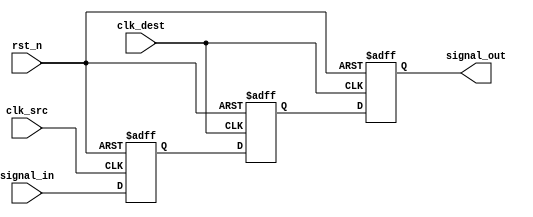
module SignalLevelCrossingSynchronizer #(
    parameter NUM_STAGES = 2  // Number of synchronization stages (2 or 3)
)(
    input wire clk_src,        // Source clock
    input wire clk_dest,       // Destination clock
    input wire rst_n,          // Asynchronous reset (active low)
    input wire signal_in,      // Input signal from the source clock domain
    output reg signal_out       // Synchronized output signal in the destination clock domain
);

    // Intermediate registers for synchronization stages
    reg [NUM_STAGES-1:0] sync_reg;

    // Input Flip-Flop: Capture signal_in on the rising edge of clk_src
    always @(posedge clk_src or negedge rst_n) begin
        if (!rst_n) begin
            sync_reg[0] <= 1'b0; // Reset the first stage
        end else begin
            sync_reg[0] <= signal_in; // Capture the input signal
        end
    end

    // Intermediate Flip-Flops: Synchronize to clk_dest
    generate
        genvar i;
        for (i = 1; i < NUM_STAGES; i = i + 1) begin : sync_stage
            always @(posedge clk_dest or negedge rst_n) begin
                if (!rst_n) begin
                    sync_reg[i] <= 1'b0; // Reset the intermediate stages
                end else begin
                    sync_reg[i] <= sync_reg[i-1]; // Pass the signal to the next stage
                end
            end
        end
    endgenerate

    // Output Flip-Flop: Capture the last synchronized signal on clk_dest
    always @(posedge clk_dest or negedge rst_n) begin
        if (!rst_n) begin
            signal_out <= 1'b0; // Reset the output signal
        end else begin
            signal_out <= sync_reg[NUM_STAGES-1]; // Assign the final synchronized output
        end
    end

endmodule